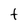
Character: t